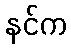
နင်က